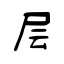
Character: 层